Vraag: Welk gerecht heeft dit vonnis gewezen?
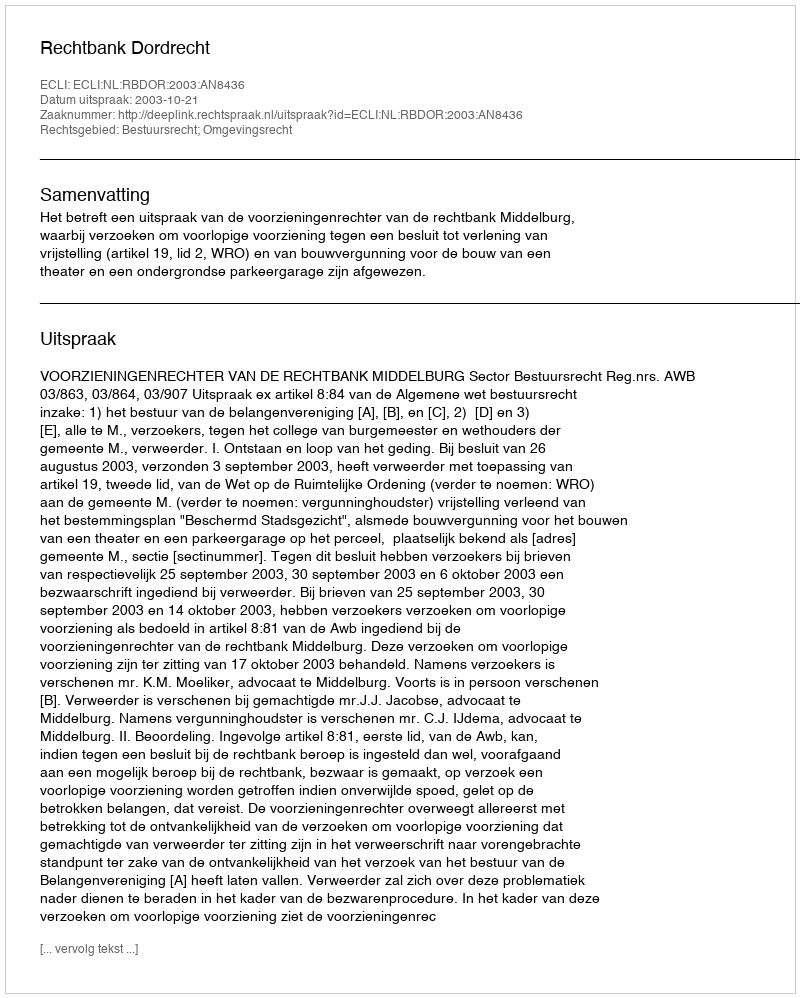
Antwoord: Rechtbank Dordrecht